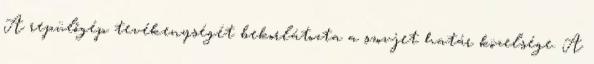
A repülőgép tevékenységét bekorlátozta a szovjet határ közelsége. A